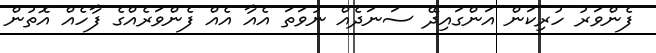
ފެންވަރު ހުރިކަން އަންގައިދޭ ސަނަދެއް ނުވަތަ އެއާ އެއް ފެންވަރެއްގެ ފާހެއް އޮތުން